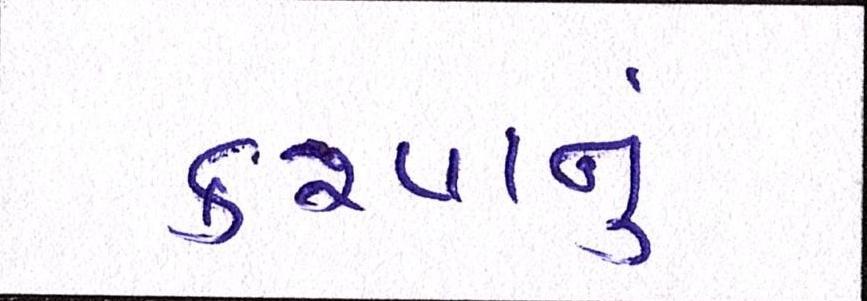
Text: કરવાનું